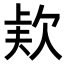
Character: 𣣇